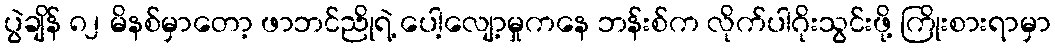
ပွဲချိန် ၈၂ မိနစ်မှာတော့ ဖာဘင်ညိုရဲ့ ပေါ့လျော့မှုကနေ ဘန်းစ်က လိုက်ပါဂိုးသွင်းဖို့ ကြိုးစားရာမှာ